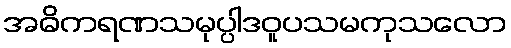
အဓိကရဏသမုပ္ပါဒဝူပသမကုသလော